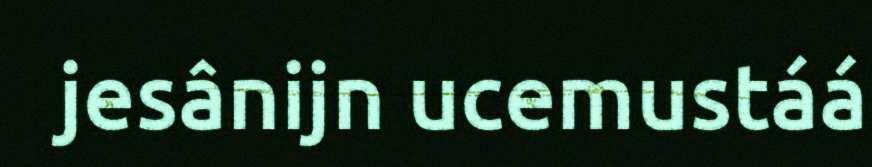
jesânijn ucemustáá